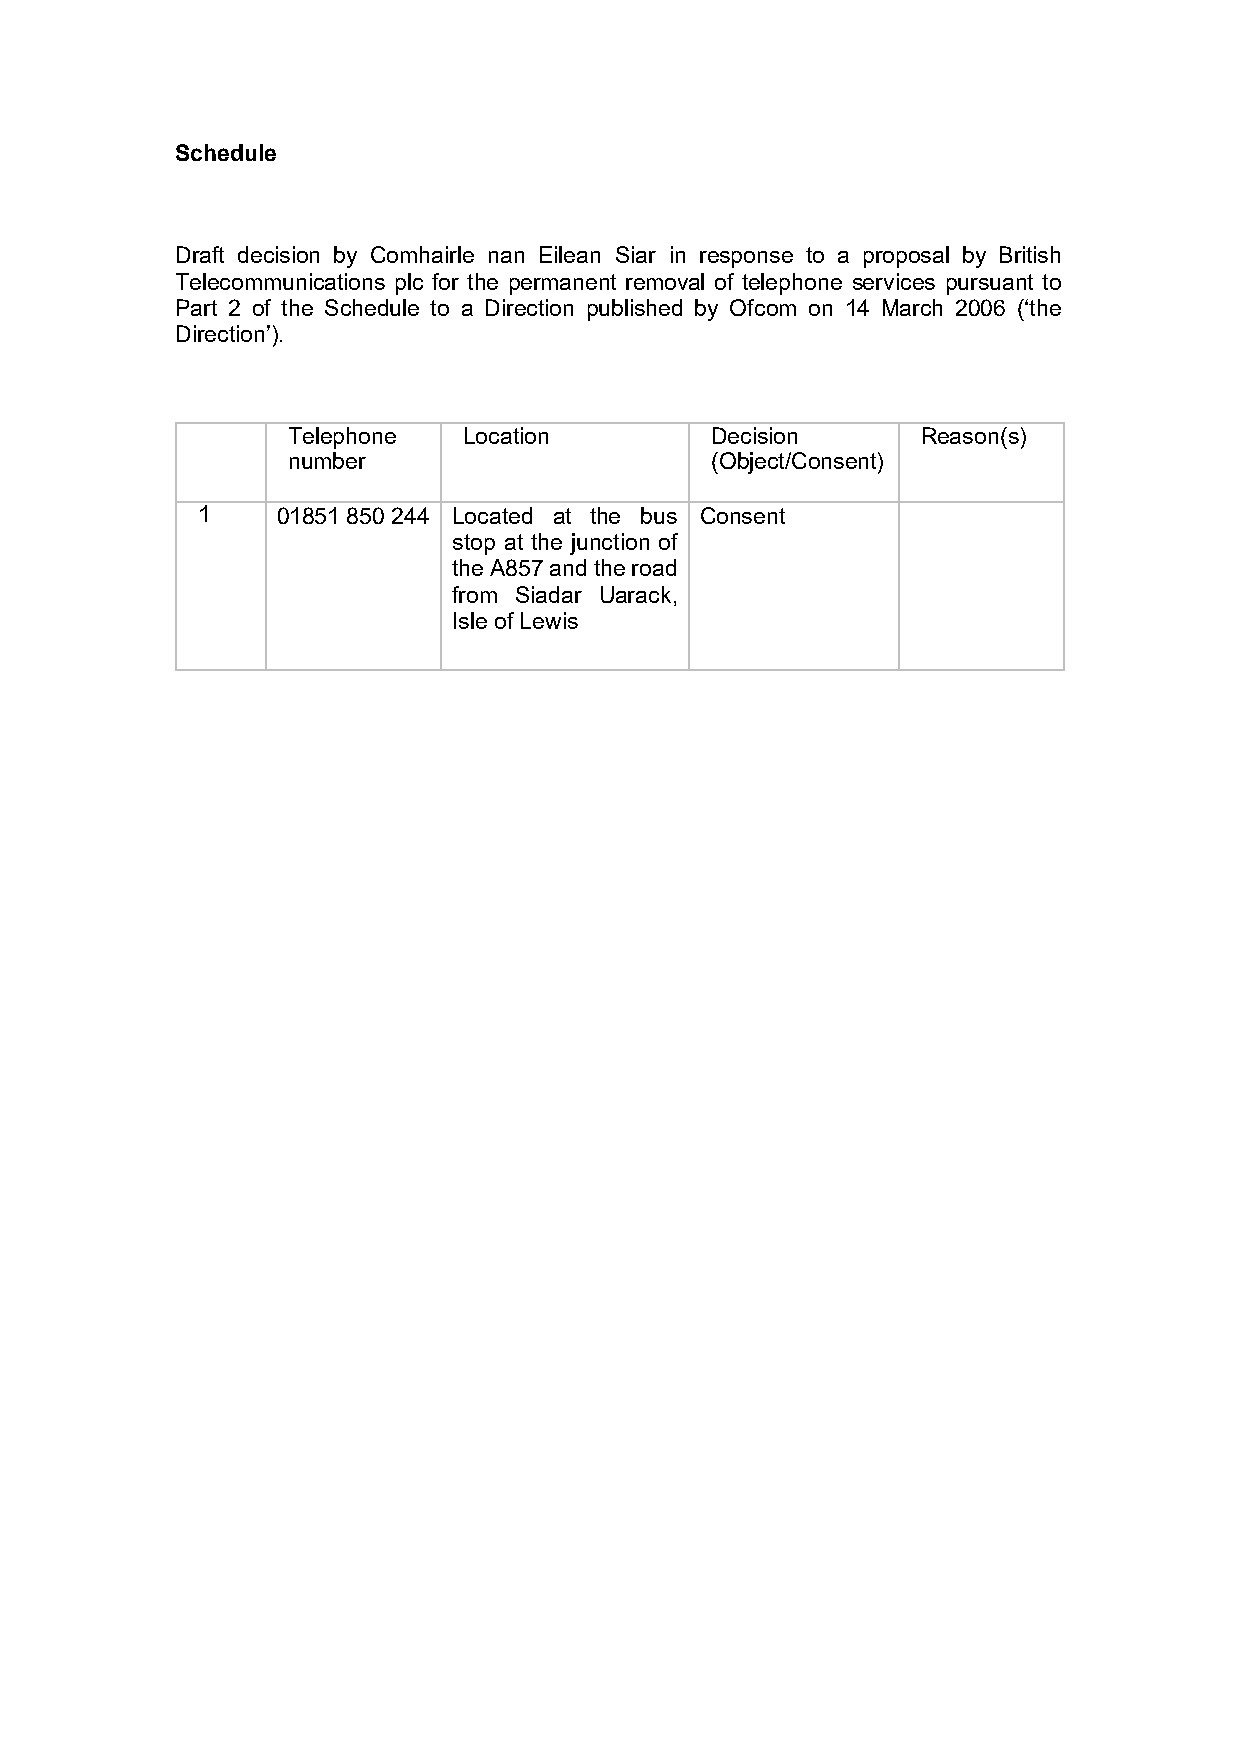
Schedule
 Draft decision by Comhairle nan Eilean Siar in response to a proposal by British
 Telecommunications plc for the permanent removal of telephone services pursuant to
 Part 2 of the Schedule to a Direction published by Ofcom on 14 March 2006 (‘the
 Direction’).
 Telephone   Location        Decision      Reason(s)
 number                      (Object/Consent)
 1    01851 850 244 Located at the bus Consent
 stop at the junction of
 the A857 and the road
 from Siadar Uarack,
 Isle of Lewis